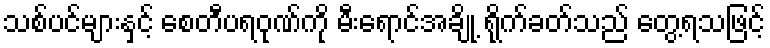
သစ်ပင်များနှင့် စေတီပရဝုဏ်ကို မီးရောင်အချို့ ရိုက်ခတ်သည် တွေ့ရသဖြင့်